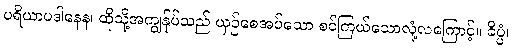
ပရိယာပဒါနေန၊ ထိုသို့အကျွန်ုပ်သည် ယှဉ်စေအပ်သော စင်ကြယ်သောလုံ့လကြောင့်။ ခိပ္ပံ၊